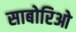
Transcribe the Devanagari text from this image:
साबोरिओ